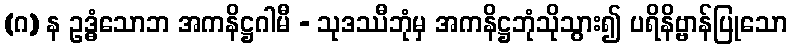
(ဂ) န ဥဒ္ဓံသောဘ အကနိဋ္ဌဂါမီ - သုဒဿီဘုံမှ အကနိဋ္ဌဘုံသိုသွား၍ ပရိနိဗ္ဗာန်ပြုသော